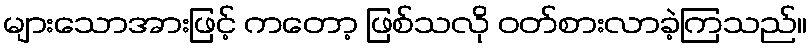
များသောအားဖြင့် ကတော့ ဖြစ်သလို ဝတ်စားလာခဲ့ကြသည်။